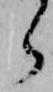
ら